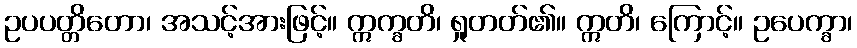
ဥပပတ္တိတော၊ အသင့်အားဖြင့်။ ဣက္ခတိ၊ ရှုတတ်၏။ ဣတိ၊ ကြောင့်။ ဥပေက္ခာ၊